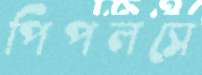
পিপলসে